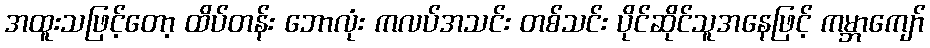
အထူးသဖြင့်တော့ ထိပ်တန်း ဘောလုံး ကလပ်အသင်း တစ်သင်း ပိုင်ဆိုင်သူအနေဖြင့် ကမ္ဘာကျော်